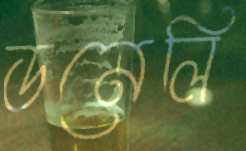
ডনেলি